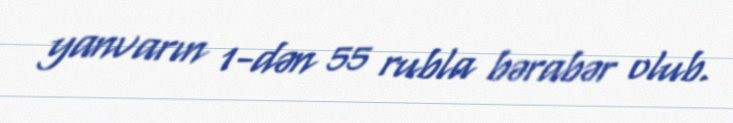
yanvarın 1-dən 55 rubla bərabər olub.